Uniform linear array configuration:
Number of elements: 8
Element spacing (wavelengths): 0.25
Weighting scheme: uniform
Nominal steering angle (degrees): -45
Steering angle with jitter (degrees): -46.717
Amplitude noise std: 0.05
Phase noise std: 0.05

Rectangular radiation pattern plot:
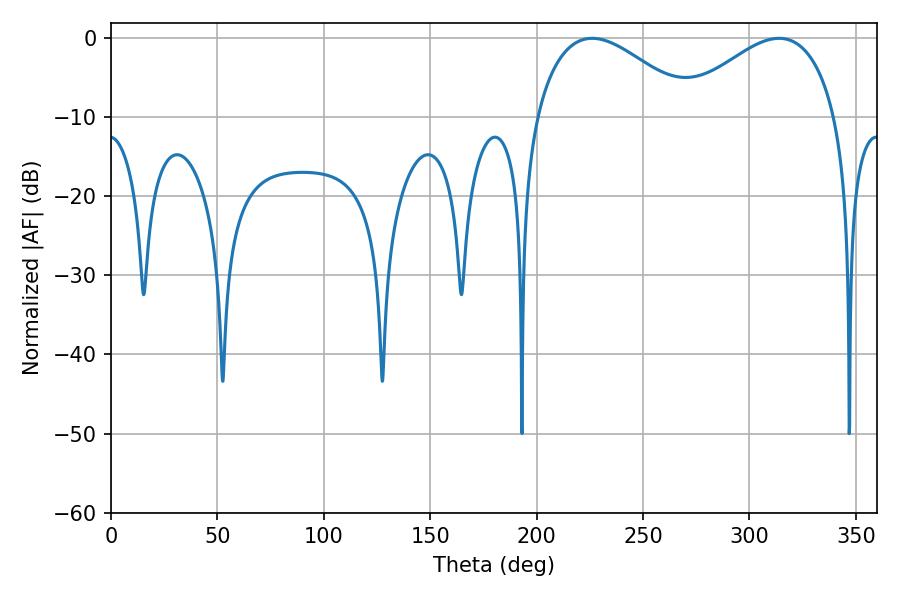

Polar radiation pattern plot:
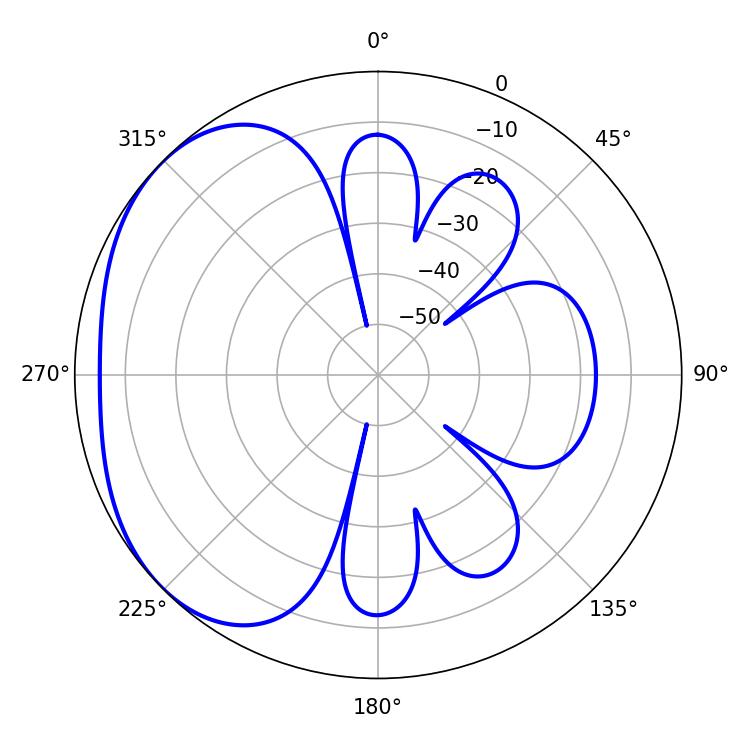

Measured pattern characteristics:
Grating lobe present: FALSE
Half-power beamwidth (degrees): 40.5
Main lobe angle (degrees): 226.08